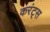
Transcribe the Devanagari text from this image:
करंट्स